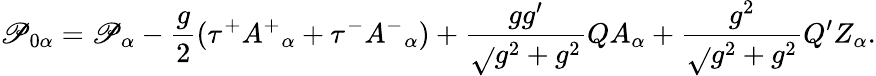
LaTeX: \mathscr{P}_{0\alpha}=\mathscr{P}_{\alpha}-\frac{{g}}{{2}}(\tau^{+}A^{+}{}_{\alpha}+\tau^{-}A^{-}{}_{\alpha})+\frac{{gg^{\prime}}}{{\sqrt{}{{g^{2}+g^{2}}}}}QA_{\alpha}+\frac{{g^{2}}}{{\sqrt{}{{g^{2}+g^{2}}}}}Q^{\prime}Z_{\alpha}.